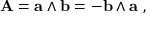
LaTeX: \mathbf { A } = \mathbf { a } \wedge \mathbf { b } = - \mathbf { b } \wedge \mathbf { a } \ ,